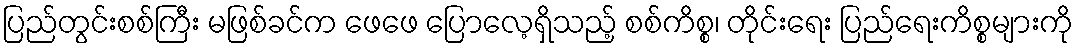
ပြည်တွင်းစစ်ကြီး မဖြစ်ခင်က ဖေဖေ ပြောလေ့ရှိသည့် စစ်ကိစ္စ၊ တိုင်းရေး ပြည်ရေးကိစ္စများကို